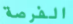
الفرصة